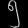
Digit: ၅